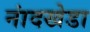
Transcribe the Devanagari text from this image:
नांदखेडा